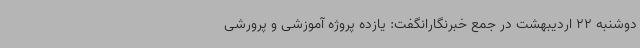
دوشنبه 22 اردیبهشت در جمع خبرنگارانگفت: یازده پروژه آموزشی و پرورشی